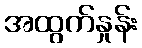
အထွက်နှုန်း